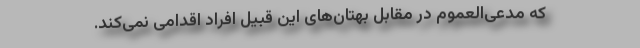
که مدعی‌العموم در مقابل بهتان‌های این قبیل افراد اقدامی نمی‌کند.